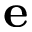
\textbf { e }